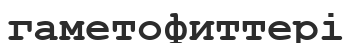
гаметофиттері